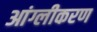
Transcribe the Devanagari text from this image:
आंग्लीकरण